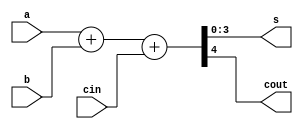
module suma2
    #(
        parameter n=4
    )
    (
        input [n-1:0] a,b,
        input cin,
        output [n-1:0] s,
        output cout
    );

    wire [n:0] suma_tmp;
    wire [n-1:0] zeros;
    assign zeros = {n{1'b0}};
    assign suma_tmp = {1'b0, a} + {1'b0, b} + {zeros, cin};
    assign {cout, s} = suma_tmp;

endmodule